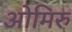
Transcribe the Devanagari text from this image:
ओमिरु